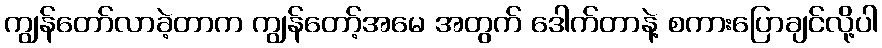
ကျွန်တော်လာခဲ့တာက ကျွန်တော့်အမေ အတွက် ဒေါက်တာနဲ့ စကားပြောချင်လို့ပါ